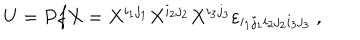
U = P f X = X ^ { i _ { 1 } j _ { 1 } } X ^ { i _ { 2 } j _ { 2 } } X ^ { i _ { 3 } j _ { 3 } } \varepsilon _ { i _ { 1 } j _ { 1 } i _ { 2 } j _ { 2 } i _ { 3 } j _ { 3 } } ~ ,